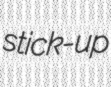
stick-up